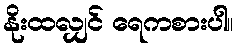
နိုးထလျှင် ရေကစားပါ။